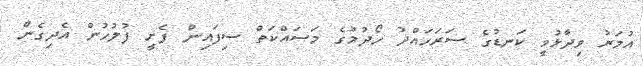
އުމަރު ވިދާޅުވީ ކަނޑުގެ ސަރަހައްދު ހޯދުމުގެ މަސައްކަތް ސިފައިން ފެށީ ފުލުހުން އެދިގެން